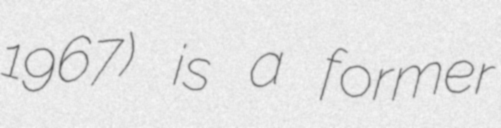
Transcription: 1967) is a former